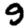
Digit: 9